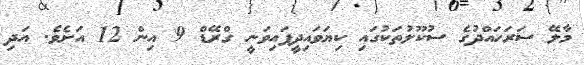
މާލޭ ސަރަހައްދުގެ ސުކޫލުތަކުގައި ކިޔަވައިދީފައިވަނީ ގްރޭޑް 9 އިން 12 އަށެވެ. އަދި